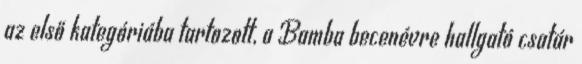
az első kategóriába tartozott, a Bamba becenévre hallgató csatár